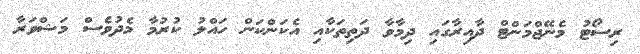
ރިސޯޓު މެނޭޖްމަންޓް ދާއިރާގައި ދިމާވާ ދަތިތަކާއި އެކަންކަން ހައްލު ކުރުމާ މެދުވެސް މަޝްވަރާ